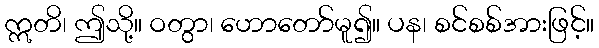
ဣတိ၊ ဤသို့။ ဝတွာ၊ ဟောတော်မူ၍။ ပန၊ စင်စစ်အားဖြင့်။